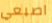
اصبعي